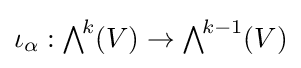
\iota _{\alpha }:{\textstyle \bigwedge }^{\!k}(V)\rightarrow {\textstyle \bigwedge }^{\!k-1}(V)